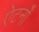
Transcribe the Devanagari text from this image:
ऐटर्नों